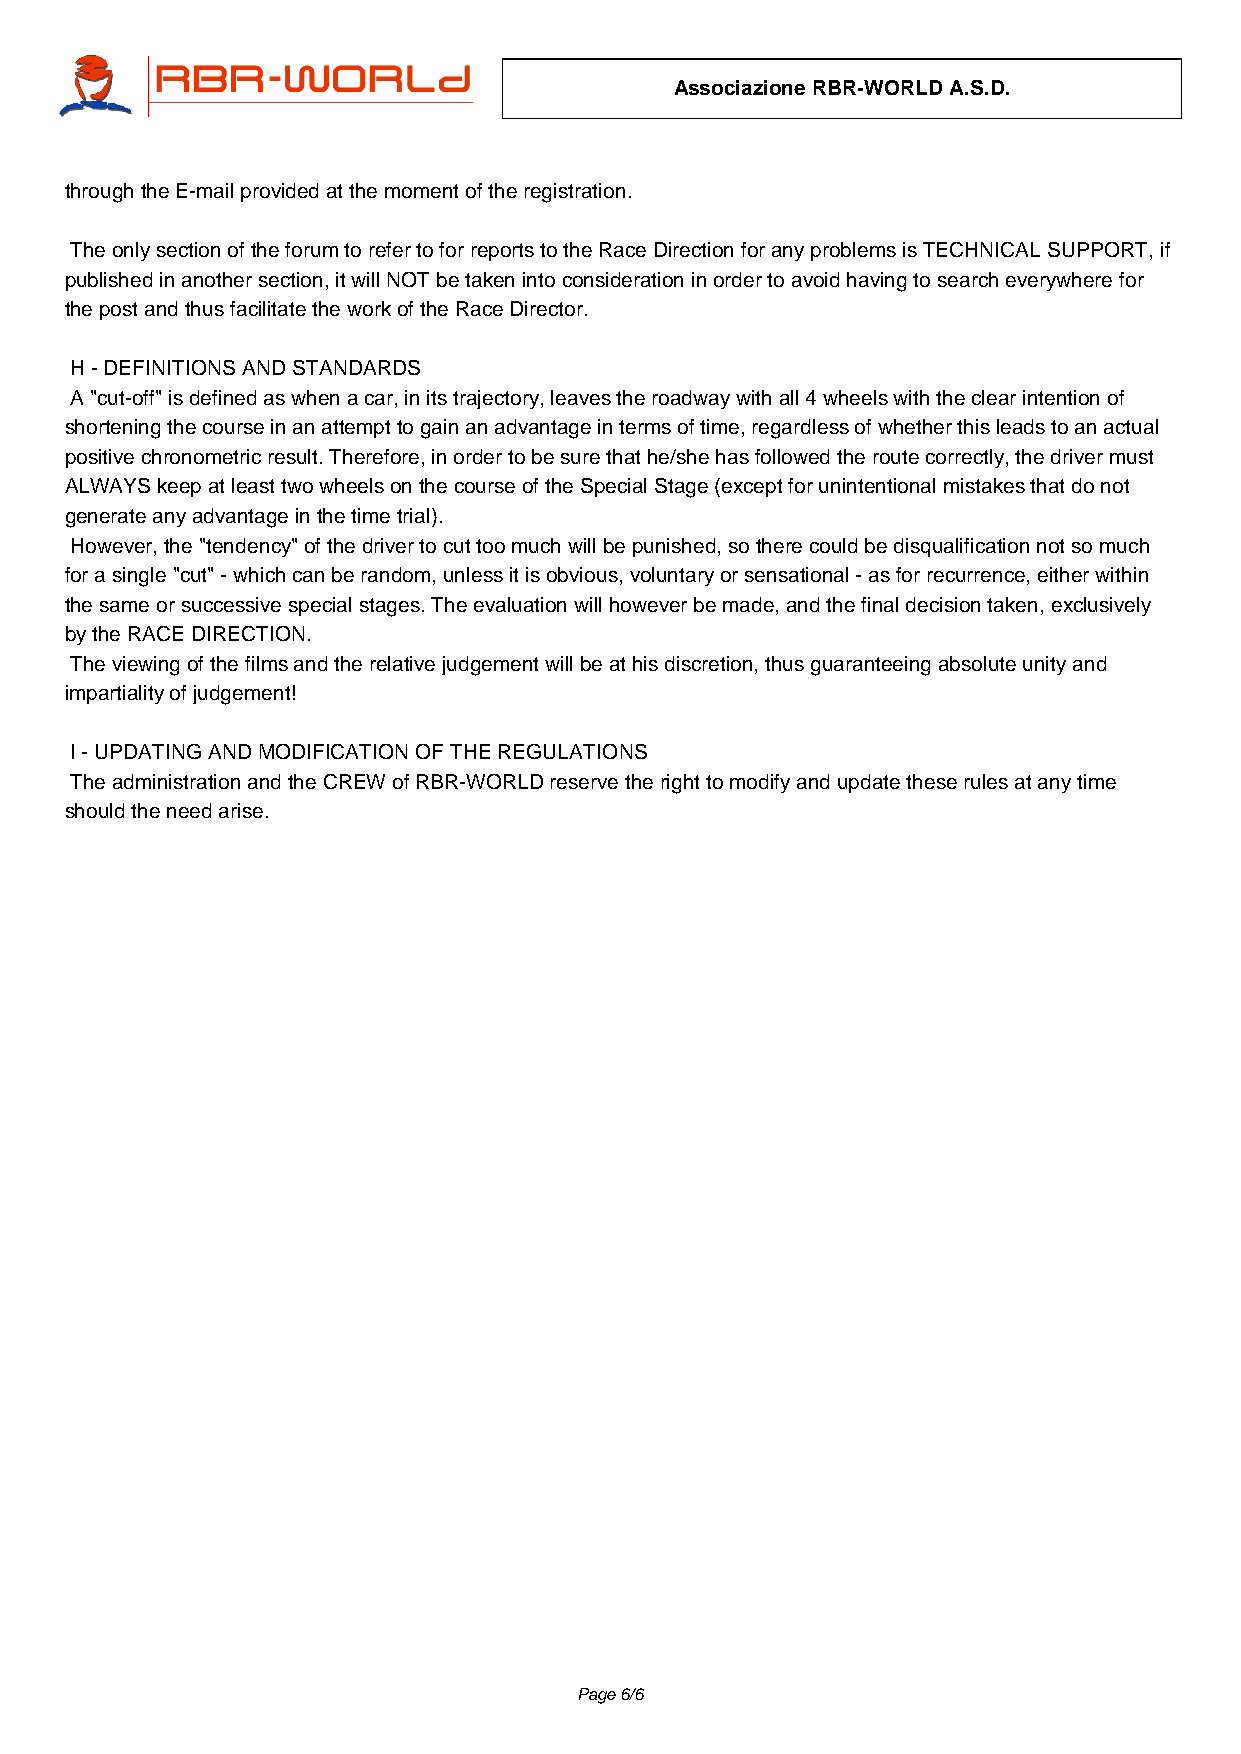
Associazione RBR-WORLD A.S.D.
 through the E-mail provided at the moment of the registration.
 The only section of the forum to refer to for reports to the Race Direction for any problems is TECHNICAL SUPPORT, if
 published in another section, it will NOT be taken into consideration in order to avoid having to search everywhere for
 the post and thus facilitate the work of the Race Director.
 H - DEFINITIONS AND STANDARDS
 A "cut-off" is defined as when a car, in its trajectory, leaves the roadway with all 4 wheels with the clear intention of
 shortening the course in an attempt to gain an advantage in terms of time, regardless of whether this leads to an actual
 positive chronometric result. Therefore, in order to be sure that he/she has followed the route correctly, the driver must
 ALWAYS keep at least two wheels on the course of the Special Stage (except for unintentional mistakes that do not
 generate any advantage in the time trial).
 However, the "tendency" of the driver to cut too much will be punished, so there could be disqualification not so much
 for a single "cut" - which can be random, unless it is obvious, voluntary or sensational - as for recurrence, either within
 the same or successive special stages. The evaluation will however be made, and the final decision taken, exclusively
 by the RACE DIRECTION.
 The viewing of the films and the relative judgement will be at his discretion, thus guaranteeing absolute unity and
 impartiality of judgement!
 I - UPDATING AND MODIFICATION OF THE REGULATIONS
 The administration and the CREW of RBR-WORLD reserve the right to modify and update these rules at any time
 should the need arise.
 Page 6/6